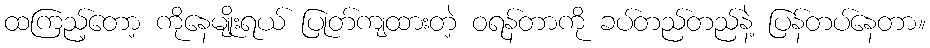
ထကြည့်တော့ ကိုနေမျိုးရယ် ပြုတ်ကျထားတဲ့ ဝရန်တာကို ခပ်တည်တည်နဲ့ ပြန်တပ်နေတာ။